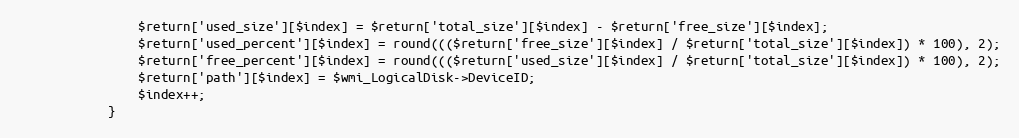
Language: PHP
                $return['used_size'][$index] = $return['total_size'][$index] - $return['free_size'][$index];
                $return['used_percent'][$index] = round((($return['free_size'][$index] / $return['total_size'][$index]) * 100), 2);
                $return['free_percent'][$index] = round((($return['used_size'][$index] / $return['total_size'][$index]) * 100), 2);
                $return['path'][$index] = $wmi_LogicalDisk->DeviceID;
                $index++;
            }